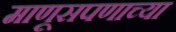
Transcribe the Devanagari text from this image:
माणूसपणाच्या